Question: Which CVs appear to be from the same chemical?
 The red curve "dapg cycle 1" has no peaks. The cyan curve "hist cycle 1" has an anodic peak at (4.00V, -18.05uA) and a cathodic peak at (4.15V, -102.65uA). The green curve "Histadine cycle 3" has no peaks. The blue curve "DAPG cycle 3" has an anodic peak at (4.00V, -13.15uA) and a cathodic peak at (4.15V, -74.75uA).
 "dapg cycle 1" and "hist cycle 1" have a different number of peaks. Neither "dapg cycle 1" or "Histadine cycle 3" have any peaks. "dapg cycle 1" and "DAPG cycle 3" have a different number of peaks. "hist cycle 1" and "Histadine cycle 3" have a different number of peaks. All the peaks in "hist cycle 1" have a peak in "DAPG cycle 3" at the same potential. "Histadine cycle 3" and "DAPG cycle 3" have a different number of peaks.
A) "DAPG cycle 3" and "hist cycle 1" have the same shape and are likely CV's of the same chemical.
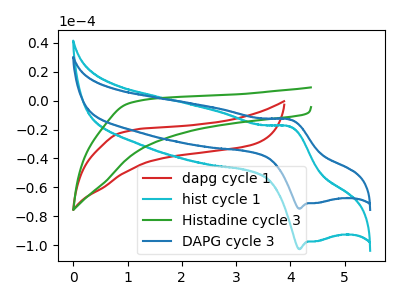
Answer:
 <answer>A) "DAPG cycle 3" and "hist cycle 1" have the same shape and are likely CV's of the same chemical.</answer>
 <eval>A</eval>